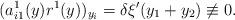
LaTeX: \begin{align*}(a_{i1}^1(y) r^1(y))_{y_i} = \delta \xi'(y_1+y_2) \not \equiv 0.\end{align*}